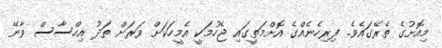
މިއޮށުގެ ތެރޭގައެވެ. ފިރިހެނެއްގެ އޮށްމަތީގައި ޖެހުމަކީ އެމީހަކަށް ވަރަށް ތަދު އިހްސާސް ވާނޭ